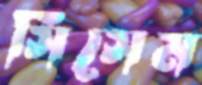
সিসেম